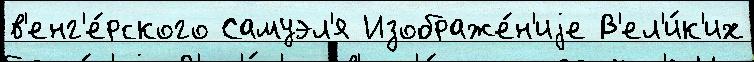
в'енг'е́рского Самуэл'я Изображе́н'иjе В'ел'и́к'их